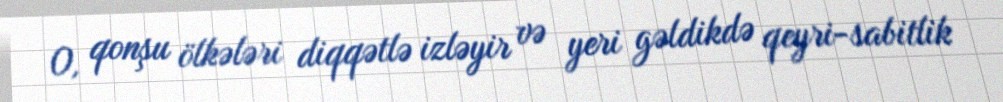
O, qonşu ölkələri diqqətlə izləyir və yeri gəldikdə qeyri-sabitlik